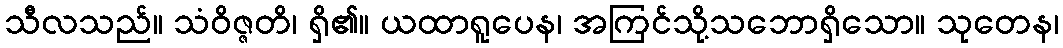
သီလသည်။ သံဝိဇ္ဇတိ၊ ရှိ၏။ ယထာရူပေန၊ အကြင်သို့သဘောရှိသော။ သုတေန၊